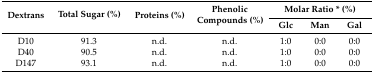
<table><thead><tr><td rowspan="2"><b>Dextrans</b></td><td rowspan="2"><b>Total Sugar (%)</b></td><td rowspan="2"><b>Proteins (%)</b></td><td rowspan="2"><b>Phenolic Compounds (%)</b></td><td colspan="3"><b>Molar Ratio * (%)</b></td></tr><tr><td><b>Glc</b></td><td><b>Man</b></td><td><b>Gal</b></td></tr></thead><tbody><tr><td>D10</td><td>91.3</td><td>n.d.</td><td>n.d.</td><td>1:0</td><td>0:0</td><td>0:0</td></tr><tr><td>D40</td><td>90.5</td><td>n.d.</td><td>n.d.</td><td>1:0</td><td>0:0</td><td>0:0</td></tr><tr><td>D147</td><td>93.1</td><td>n.d.</td><td>n.d.</td><td>1:0</td><td>0:0</td><td>0:0</td></tr></tbody></table>